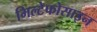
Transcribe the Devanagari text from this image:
मिल्टेफोसाइन